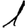
Digit: 1